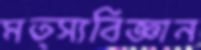
মত্স্যবিজ্ঞান